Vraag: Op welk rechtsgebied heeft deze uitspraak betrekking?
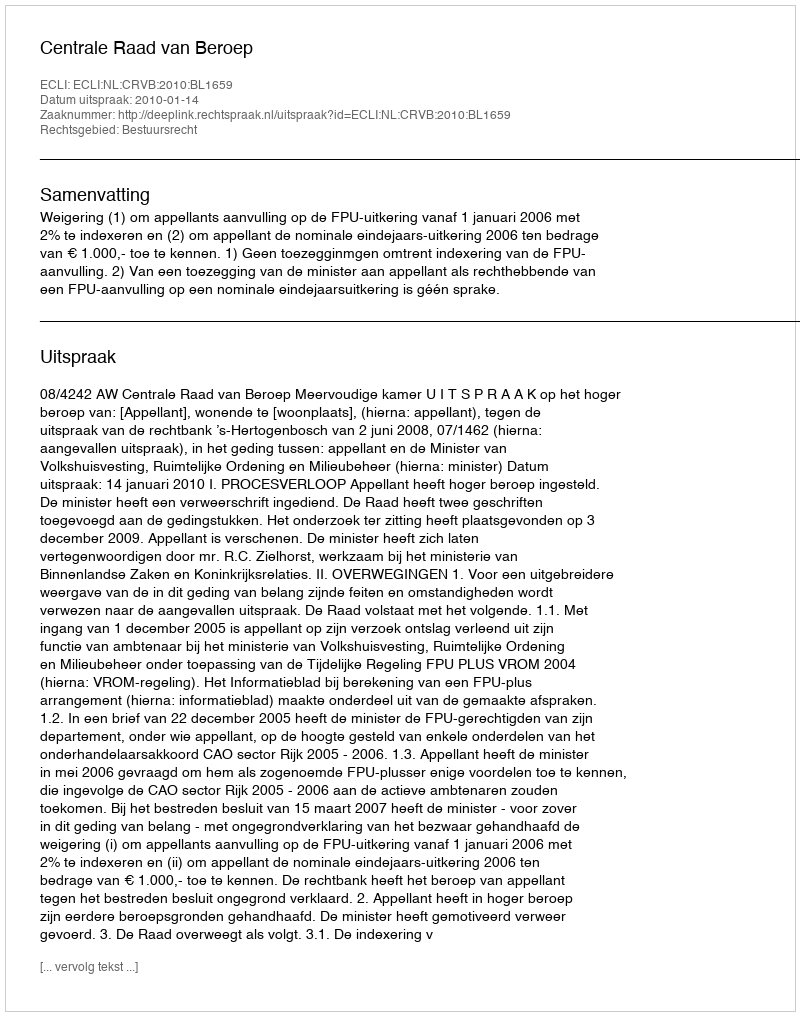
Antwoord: Bestuursrecht